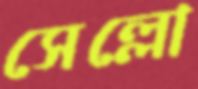
সেল্লো